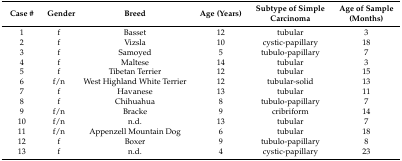
| Case # | Gender | Breed | Age (Years) | Subtype of Simple Carcinoma | Age of Sample (Months) |
 | --- | --- | --- | --- | --- | --- |
 | 1 | f | Basset | 12 | tubular | 3 |
 | 2 | f | Vizsla | 10 | cystic-papillary | 18 |
 | 3 | f | Samoyed | 5 | tubulo-papillary | 7 |
 | 4 | f | Maltese | 14 | tubular | 3 |
 | 5 | f | Tibetan Terrier | 12 | tubular | 15 |
 | 6 | f/n | West Highland White Terrier | 12 | tubular-solid | 13 |
 | 7 | f | Havanese | 13 | tubular | 11 |
 | 8 | f | Chihuahua | 8 | tubulo-papillary | 7 |
 | 9 | f/n | Bracke | 9 | cribriform | 14 |
 | 10 | f/n | n.d. | 13 | tubular | 7 |
 | 11 | f/n | Appenzell Mountain Dog | 6 | tubular | 18 |
 | 12 | f | Boxer | 9 | tubulo-papillary | 8 |
 | 13 | f | n.d. | 4 | cystic-papillary | 23 |